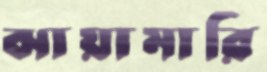
ঝায়ামারি